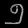
Digit: ၅